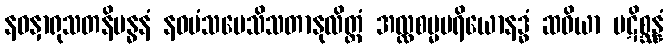
နဝနှာရုသတနိဗန္ဓနံ နဝမံသပေသိသတာနုလိတ္တံ အလ္လစမ္မပရိယောနဒ္ဓံ ဆဝိယာ ပဋိစ္ဆန္နံ